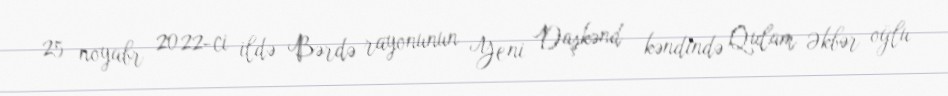
25 noyabr 2022-ci ildə Bərdə rayonunun Yeni Daşkənd kəndində Qulam Əkbər oğlu